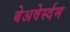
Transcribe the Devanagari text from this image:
बेअवेर्स्दम